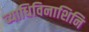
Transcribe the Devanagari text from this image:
व्याधिविनाशिनि